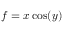
f = x \cos ( y )